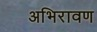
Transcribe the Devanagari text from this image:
अभिरावण